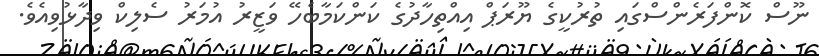
ނޫސް ކޮންފަރެންސްގައި ތުރުކީގެ ޔޫރަޕް އިއްތިހާދުގެ ކަންކަމާބެހޭ ވަޒީރު އުމަރު ސެލިކް ވިދާޅުވިއެވެ.